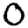
Digit: 0